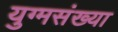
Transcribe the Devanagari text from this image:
युग्मसंख्या